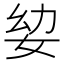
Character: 𭑵